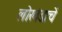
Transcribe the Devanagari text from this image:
लोखंडाचें